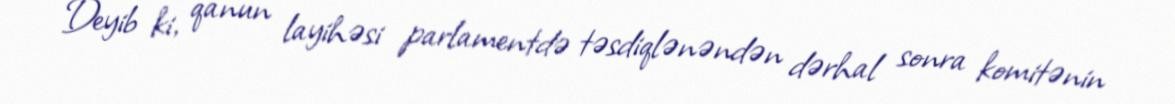
Deyib ki, qanun layihəsi parlamentdə təsdiqlənəndən dərhal sonra komitənin